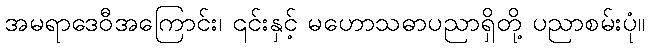
အမရာဒေဝီအကြောင်း၊ ၎င်းနှင့် မဟောသဓာပညာရှိတို့ ပညာစမ်းပုံ။